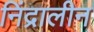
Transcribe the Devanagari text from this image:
निंद्रालीन